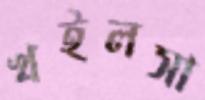
খইলসা